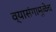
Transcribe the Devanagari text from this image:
व्यासंगामुळेच